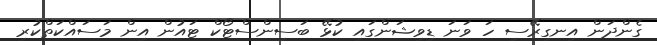
ގެންދަން އިނގިރޭސި ހަ ވަނަ ޑިވިޝަންގައި ކުޅޭ ބަސިންސްޓޯކް ޓައުން އިން މަސައްކަތްކުރި